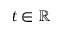
t \in \mathbb R